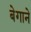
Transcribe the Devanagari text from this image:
बेगाने